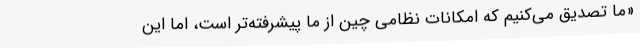
«ما تصدیق می‌کنیم که امکانات نظامی چین از ما پیشرفته‌تر است، اما این